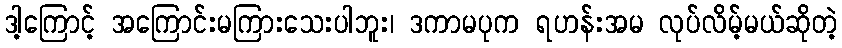
ဒါ့ကြောင့် အကြောင်းမကြားသေးပါဘူး၊ ဒကာမပုက ရဟန်းအမ လုပ်လိမ့်မယ်ဆိုတဲ့